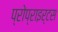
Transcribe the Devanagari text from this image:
प्रोप्राइर्टस